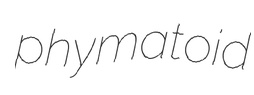
phymatoid